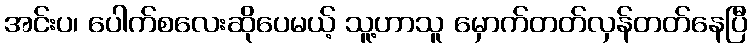
အင်းပ၊ ပေါက်စလေးဆိုပေမယ့် သူ့ဟာသူ မှောက်တတ်လှန်တတ်နေပြီ